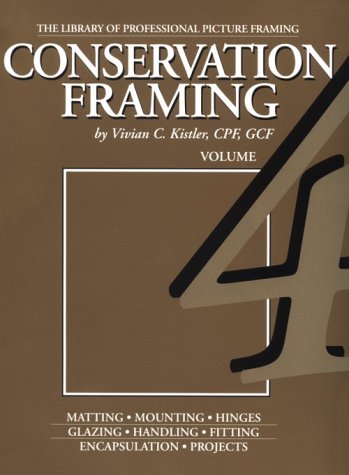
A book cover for Conservation Framing (Library of the Professional Picture Framing, Vol 4); Vivian C. Kistler; Crafts, Hobbies & Home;